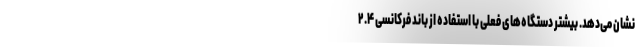
نشان می‌دهد. بیشتر دستگاه‌های فعلی با استفاده از باند فرکانسی ۲.۴